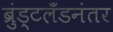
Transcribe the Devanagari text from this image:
ब्रुंड्टलँडनंतर